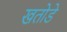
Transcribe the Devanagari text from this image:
खतोडे